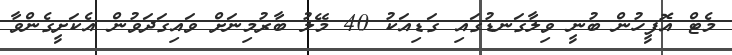
މެޓް އޮފީހުން ބުނީ ވިލާގަނޑުގައި ގަޑިއަކު 40 މޭލު ބާރުމިނަށް ވައިގަދަވުން އެކަށީގެންވާ